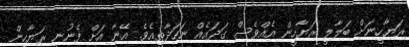
ރަޔާހީނަށް ބަލާލީ ރަޔާހީން އެއްވެސް ގަދައެއް ނަހަދާތީއެވެ. އޭނާ އަށް ފެނުނީ ރަޔާހީން